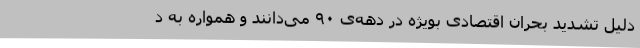
دلیل تشدید بحران اقتصادی بویژه در دهه‌ی ۹۰ می‌دانند و همواره به د